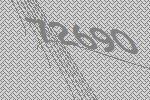
72690